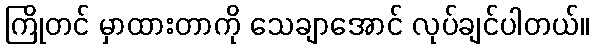
ကြိုတင် မှာထားတာကို သေချာအောင် လုပ်ချင်ပါတယ်။